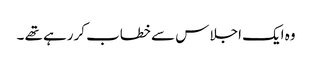
وہ ایک اجلا س سے خطاب کررہے تھے ۔